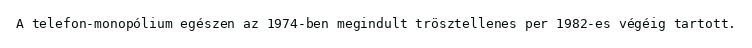
A telefon-monopólium egészen az 1974-ben megindult trösztellenes per 1982-es végéig tartott.